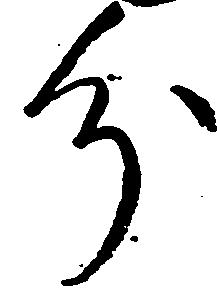
分